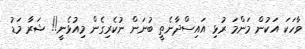
ވާހަކަ އަކުން މަންމަ ރުޅި އައިސްދާނެތީ ބުނަން ނުކެރިގެން މިއުޅެނީ!! ޝަރާ މަޑު